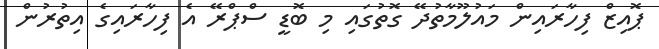
ޕޮއިޒް ފިހާރައިން މައުލޫމާތުދޭ ގޮތުގައި މި ބޮޑީ ސްޕްރޭ އެ ފިހާރައިގެ އިތުރުން